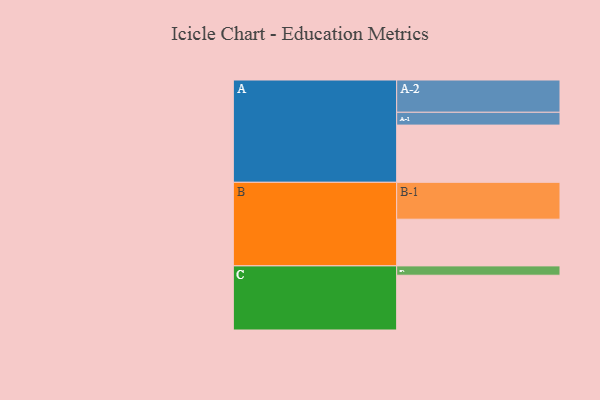
{"axis": {"x": "Segment", "y": "Value"}, "legend": ["", "A", "B", "C"], "data": [{"x": "A", "y": 397, "type": ""}, {"x": "B", "y": 324, "type": ""}, {"x": "C", "y": 380, "type": ""}, {"x": "A-1", "y": 89, "type": "A"}, {"x": "A-2", "y": 224, "type": "A"}, {"x": "B-1", "y": 256, "type": "B"}, {"x": "C-1", "y": 65, "type": "C"}]}